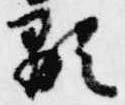
顕